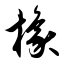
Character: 橡